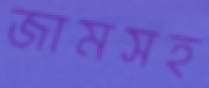
জামসহ